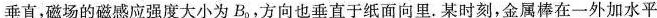
垂直，磁场的磁感应强度大小为B_{0}，方向也垂直于纸面向里。某时刻，金属棒在一外加水平